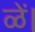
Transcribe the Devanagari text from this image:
ळें।